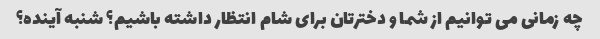
چه زمانی می توانیم از شما و دخترتان برای شام انتظار داشته باشیم؟ شنبه آینده؟